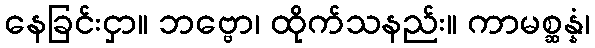
နေခြင်းငှာ။ ဘဗ္ဗော၊ ထိုက်သနည်း။ ကာမစ္ဆန္နံ၊